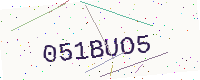
Text: 051BUO5